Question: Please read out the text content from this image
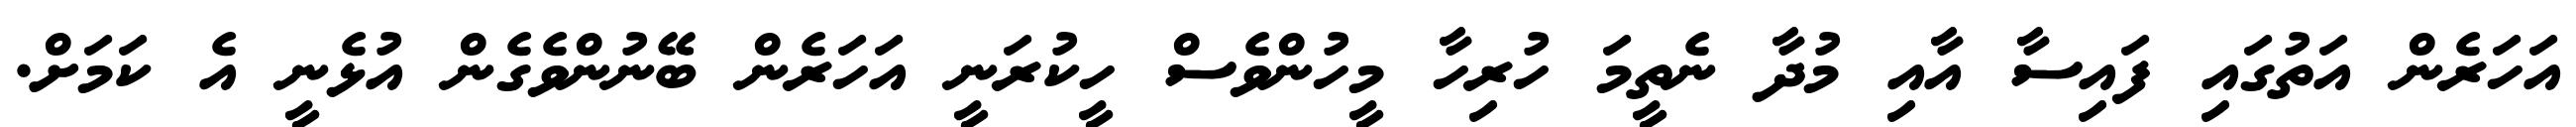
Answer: އަހަރެން އަތުގައި ފައިސާ އާއި މުދާ ނެތީމަ ހުރިހާ މީހުންވެސް ހީކުރަނީ އަހަރެން ބޭނުންވެގެން އުޅެނީ އެ ކަމަށް.